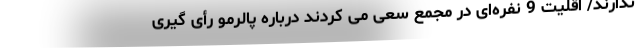
ندارند/ اقلیت 9 نفره‌ای در مجمع سعی می کردند درباره پالرمو رأی گیری